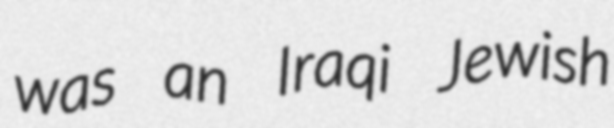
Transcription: was an Iraqi Jewish